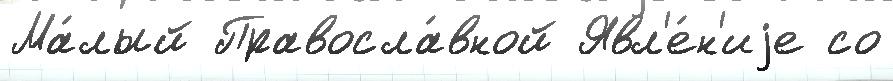
Ма́лый Правосла́вной Явл'е́н'иjе со